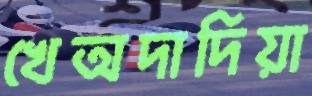
খেঅদাদিয়া